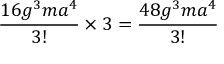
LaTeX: \frac { 1 6 g ^ { 3 } m a ^ { 4 } } { 3 ! } \times 3 = \frac { 4 8 g ^ { 3 } m a ^ { 4 } } { 3 ! }